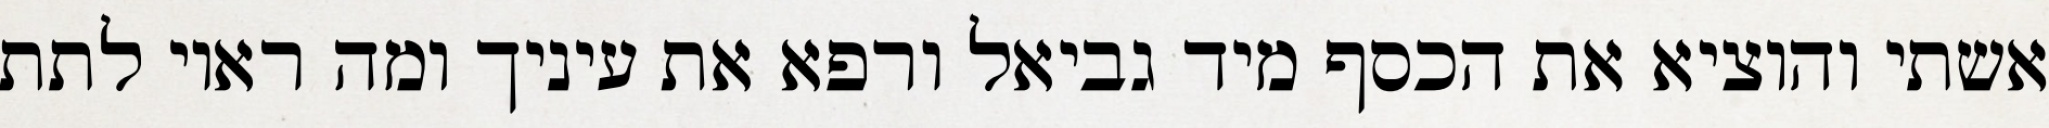
אשתי והוציא את הכסף מיד גביאל ורפא את עיניך ומה ראוי לתת